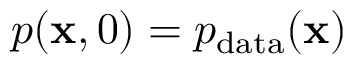
p ( \mathbf { x } , 0 ) = p _ { \mathrm { d a t a } } ( \mathbf { x } )